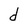
Character: d